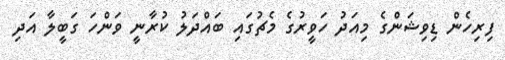
ފިރިހެން ޑިވިޝަންގެ މިއަދު ހަވީރުގެ މެޗުގައި ބައްދަލު ކުރާނީ ވަންހަ ގަބީލާ އަދި